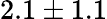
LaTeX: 2.1\pm 1.1